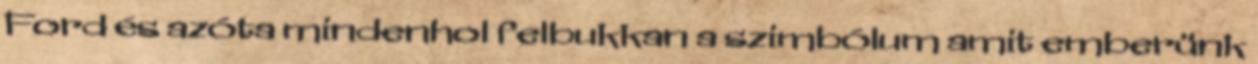
Ford és azóta mindenhol felbukkan a szimbólum amit emberünk